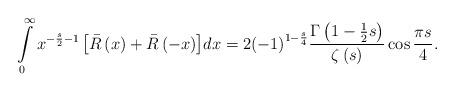
LaTeX: \begin{align*}\int\limits_0^\infty {{x^{ - \frac{s}{2} - 1}}\left[ {\bar R\left( x \right) + \bar R\left( { - x} \right)} \right]} dx = 2{\left( { - 1} \right)^{1 - \frac{s}{4}}}\frac{{\Gamma \left( {1 - \frac{1}{2}s} \right)}}{{\zeta \left( s \right)}}\cos \frac{{\pi s}}{4}. \end{align*}